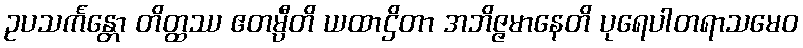
ဥပသင်္ကန္တော တိတ္ထဿ ဧတမ္ပီတိ ယထာဌိတာ အဘိဇ္ဇမာနေတိ ပုရေပါတရာသမေဝ